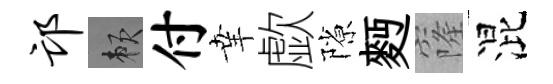
邙賴付𦍒歔隙麪窿混